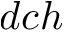
d c h